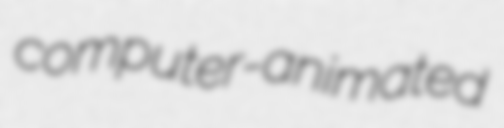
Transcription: computer-animated